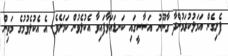
ފެށިގެން އަމަލުކުރަމުންދާ ގާނޫނު އަސާސީގައި ކަނޑައަޅާފައިވާ އެކުލެވުން ކަމަށެވެ. އެ އެކުލެވުމުގެ މަތިން